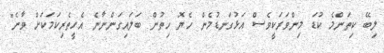
ލިބޭ ކިތަންމެ ކުޑަ މިންވަރަކީވެސް އަޅުގަނޑުމެން ހެޔޮ ހިތުން ބަލައިގަންނާނެ އެހީތެރިކަމަކަށް ވާނެ"